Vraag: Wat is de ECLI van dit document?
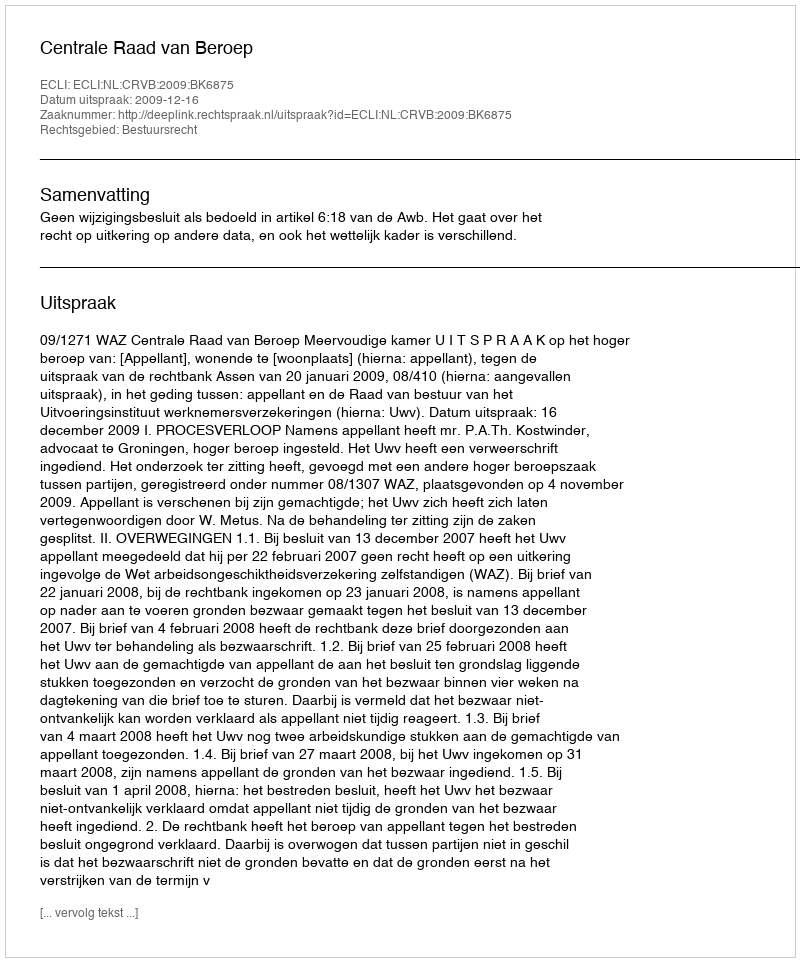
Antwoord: ECLI:NL:CRVB:2009:BK6875